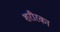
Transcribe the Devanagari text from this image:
शरीरका